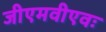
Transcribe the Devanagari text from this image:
जीएमवीएवः